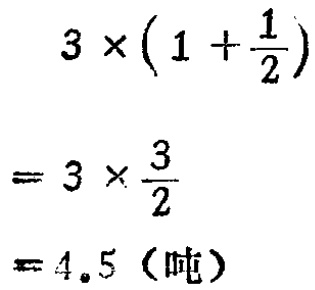
\[

\begin{align*}

&3\times(1 + \frac{1}{2})\\

=&3\times\frac{3}{2}\\

=&4.5 \text{（吨）}

\end{align*}

\]